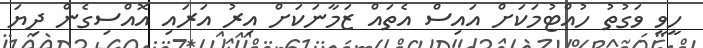
ހީވީ ވަގުތު ހުއްޓުމަކަށް އައިސް އެތައް ޒަމާނަކަށް އިރު އަރައި އޮއްސިގެން ދިޔަ